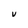
Character: V